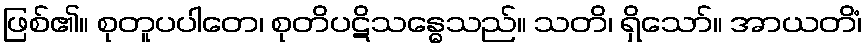
ဖြစ်၏။ စုတူပပါတေ၊ စုတိပဋိသန္ဓေသည်။ သတိ၊ ရှိသော်။ အာယတိံ၊